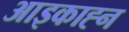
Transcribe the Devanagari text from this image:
आइकाह्न